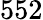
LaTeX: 552